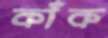
কাঁক